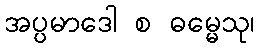
အပ္ပမာဒေါ စ ဓမ္မေသု၊